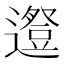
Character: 𨗱